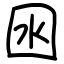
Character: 囦